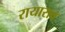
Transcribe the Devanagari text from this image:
रायाराव